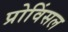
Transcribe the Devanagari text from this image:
प्रोविंसल